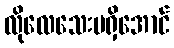
လိုလေသေးမရှိအောင်